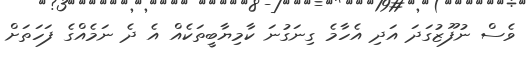
ވެސް ނުފޫޒުގަދަ އަދި އެހާމެ ގިނަގުނަ ކާމިޔާބީތަކެއް އެ ދެ ނަމެއްގެ ފަހަތަށް